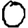
Digit: 0